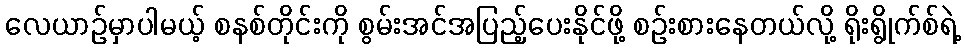
လေယာဉ်မှာပါမယ့် စနစ်တိုင်းကို စွမ်းအင်အပြည့်ပေးနိုင်ဖို့ စဉ်းစားနေတယ်လို့ ရိုးရွိုက်စ်ရဲ့